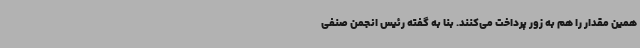
همین مقدار را هم به زور پرداخت می‌کنند. بنا به گفته رئیس انجمن صنفی